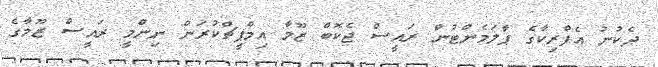
ދެކުނު އެފްރިކާގެ ޕާލަމެންޓުން ރައީސް ޖެކޮބް ޒޫމާ އިމްޕީޗްކުރަން ނިންމީ ރައީސް ޒޫމާގެ